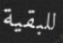
للبقية